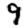
Digit: 9